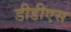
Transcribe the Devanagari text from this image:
डीडीएस